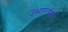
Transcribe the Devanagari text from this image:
उभारतील